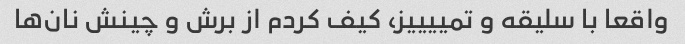
واقعا با سلیقه و تمییییز، کیف کردم از برش و چینش نان‌ها